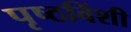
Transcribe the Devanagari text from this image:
पृष्ठविंशी